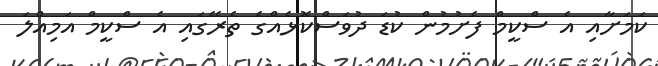
ކަމަށާއި އެ ސްކީމް ފެށުމުން ކުޑަ ދުވަސްކޮޅެއްގެ ތެރޭގައި އެ ސްކީމް އަމިއްލަ